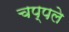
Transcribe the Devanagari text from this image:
चप्पले